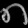
Digit: ၈